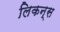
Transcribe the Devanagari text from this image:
लिकन्स